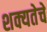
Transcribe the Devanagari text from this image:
शक्यतेचे